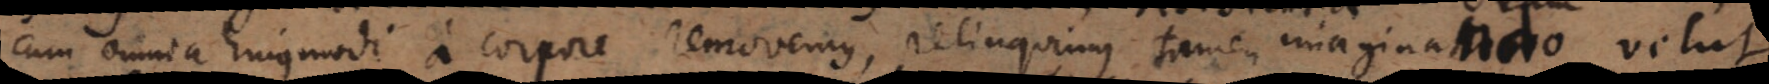
cum omnia hujusmodi a corpore removemus, relinquimus tamen imaginatio